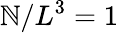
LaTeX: \mathbb{N}/L^{3}=1